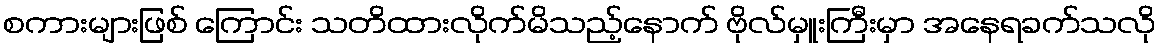
စကားများဖြစ် ကြောင်း သတိထားလိုက်မိသည့်နောက် ဗိုလ်မှူးကြီးမှာ အနေရခက်သလို